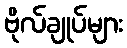
ဗိုလ်ချုပ်များ